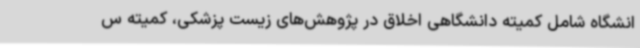
انشگاه شامل کمیته دانشگاهی اخلاق در پژوهش‌های زیست پزشکی، کمیته س